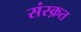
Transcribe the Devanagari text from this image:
संस्‍क़त